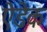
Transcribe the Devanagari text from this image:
ऐडेक